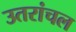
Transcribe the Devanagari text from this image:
उतरांचल